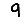
Digit: 9